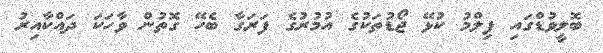
ބޮލީވުޑްގައި ފިލްމު ކުޅޭ ޖޯޑުތަކުގެ އުމުރުގެ ފަރަގާ ބެހޭ ގޮތުން ވާހަކަ ދައްކާއިރު